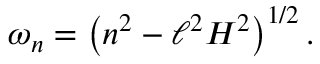
\omega _ { n } = \left( n ^ { 2 } - \ell ^ { 2 } H ^ { 2 } \right) ^ { 1 / 2 } .